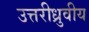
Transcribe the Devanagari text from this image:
उत्तरीध्रुवीय